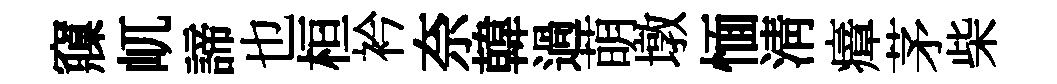
䆿屼諦也桓衿奈韓過萌墩愐淸瘴茅柴